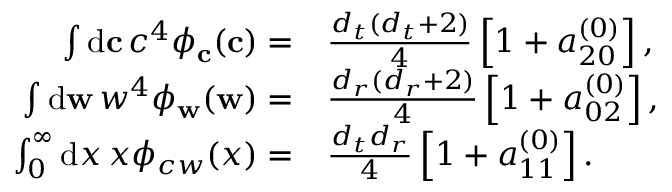
\begin{array} { r l } { \int \mathrm { d } \mathbf { c } \, c ^ { 4 } \phi _ { \mathbf { c } } ( \mathbf { c } ) = } & { \frac { { d _ { t } } ( { d _ { t } } + 2 ) } { 4 } \left[ 1 + a _ { 2 0 } ^ { ( 0 ) } \right] , } \\ { \int \mathrm { d } \mathbf { w } \, w ^ { 4 } \phi _ { \mathbf { w } } ( \mathbf { w } ) = } & { \frac { { d _ { r } } ( { d _ { r } } + 2 ) } { 4 } \left[ 1 + a _ { 0 2 } ^ { ( 0 ) } \right] , } \\ { \int _ { 0 } ^ { \infty } \mathrm { d } x \, x \phi _ { c w } ( x ) = } & { \frac { { d _ { t } } { d _ { r } } } { 4 } \left[ 1 + a _ { 1 1 } ^ { ( 0 ) } \right] . } \end{array}